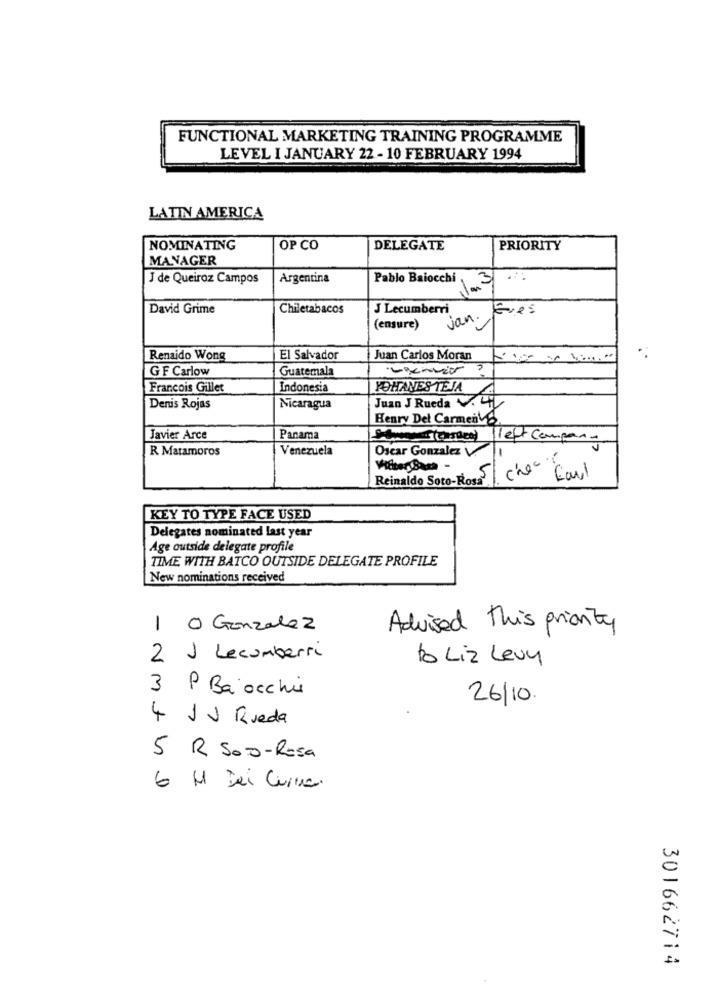
FUNCTIONAL MARKETING TRAINING PROGRAMME
LEVEL I JANUARY 22 - 10 FEBRUARY 1994
LATIN AMERICA
NOMINATING
OP CO
DELEGATE
PRIORITY
MANAGER
J de Queiroz Campos
Argentina
Pablo Baiocchi
David Grime
Chiletabacos
J Lecumberri
van. Eves
(ensure)
Renaido Wong
El Salvador
Juan Carlos Moran
GF Carlow
Guatemala
Francois Gillet
Indonesia
YOHANESTEJA
Juan J Rueda . CH
Denis Rojas
Nicaragua
Henry Del Carmento
Javier Arce
Panama
Stacey (tassee) Heft Compan-
R Matamoros
Venezuela
Oscar Gonzalez V.
-
Reinaldo Soto-Rosa Che
Carl
KEY TO TYPE FACE USED
Delegates nominated last year
Age outside delegate profile
TIME WITH BATCO OUTSIDE DELEGATE PROFILE
New nominations received
1 O Gonzalez
Advised this priority
2
1 Lecumberri
to Liz Levy
3
P Ba occhie
26/10.
4
J J Rueda
5
R Soo-Rosa
6
M Dei Curra.
301662714